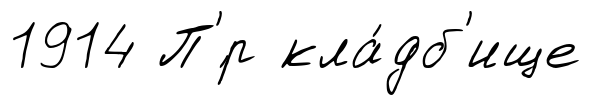
1914 П'́р кла́дб'ище